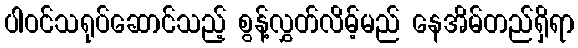
ပါဝင်သရုပ်ဆောင်သည့် စွန့်လွှတ်လိမ့်မည် နေအိမ်တည်ရှိရာ